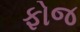
ફોજ